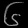
Digit: ၆